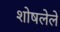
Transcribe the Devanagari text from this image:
शोषलेले